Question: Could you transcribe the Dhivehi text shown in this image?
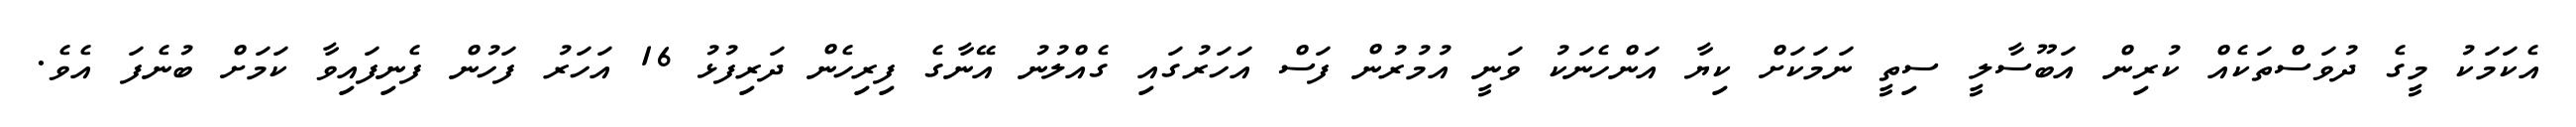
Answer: އެކަމަކު މީގެ ދުވަސްތަކެއް ކުރިން އަބޫސާލީ ސިތީ ނަމަކަށް ކިޔާ އަންހެނަކު ވަނީ އުމުރުން ފަސް އަހަރުގައި ގެއްލުނު އޭނާގެ ފިރިހެން ދަރިފުޅު 16 އަހަރު ފަހުން ފެނިފައިވާ ކަމަށް ބުނެފަ އެވެ.